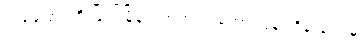
အပူခံပြားကို မြိတ်မြို့နယ်အတွင်း စကားပြန် ထိန်းချူပ်မှု